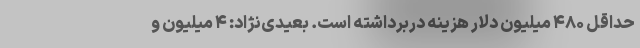
حداقل ۴۸۰ میلیون دلار هزینه دربرداشته است. بعیدی‌نژاد: ۴ میلیون و